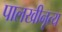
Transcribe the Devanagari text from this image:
पालखीनृत्य